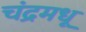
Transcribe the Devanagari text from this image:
चंद्रमधू